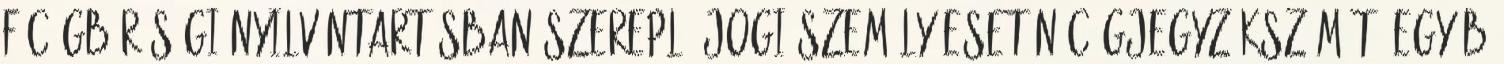
f cégbírósági nyilvántartásban szereplő jogi személy esetén cégjegyzékszámát, egyéb